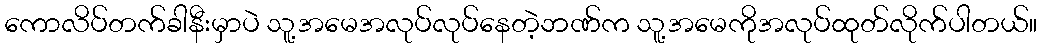
ကောလိပ်တက်ခါနီးမှာပဲ သူ့အမေအလုပ်လုပ်နေတဲ့ဘဏ်က သူ့အမေကိုအလုပ်ထုတ်လိုက်ပါတယ်။